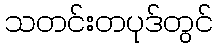
သတင်းတပုဒ်တွင်